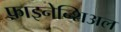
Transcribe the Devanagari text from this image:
फ़ाइनेन्शिअल